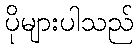
ပိုများပါသည်